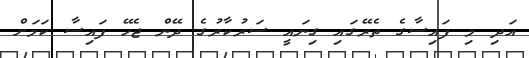
އަދި މި ފައިސާގެ ތެރޭގައި ގިނައީ ސަރުކާރުގެ ދޭން ޖެހޭ ފައިސާ ކަމަށް